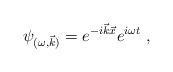
LaTeX: \begin{align*}\psi _{(\omega ,\vec{k})}=e^{-i\vec{k}\vec{x}}e^{i\omega t}~, \end{align*}